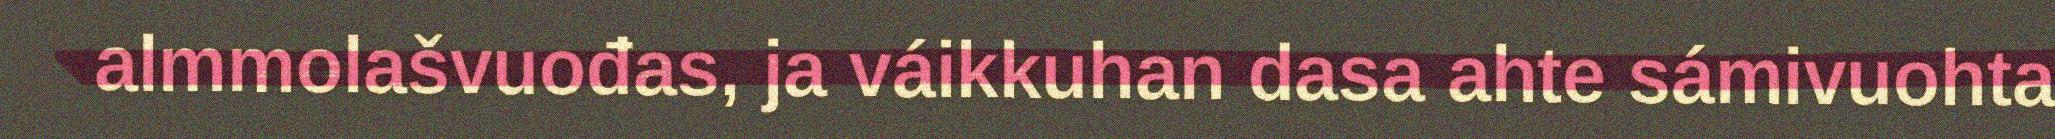
almmolašvuođas, ja váikkuhan dasa ahte sámivuohta